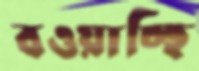
বওয়াচ্ছি